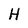
Character: H